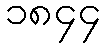
၁၈၄၄